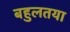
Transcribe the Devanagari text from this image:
बहुलतया